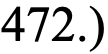
472.)